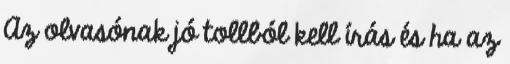
Az olvasónak jó tollból kell írás és ha az